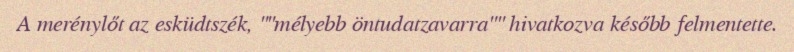
A merénylőt az esküdtszék, ""mélyebb öntudatzavarra"" hivatkozva később felmentette.